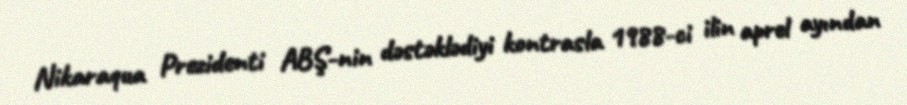
Nikaraqua Prezidenti ABŞ-nin dəstəklədiyi kontrasla 1988-ci ilin aprel ayından